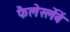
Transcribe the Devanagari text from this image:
फैलेर्स्लेबें